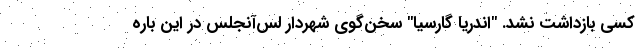
کسی بازداشت نشد. "اندریا گارسیا" سخن‌گوی شهردار لس‌آنجلس در این باره